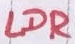
Text: LDR